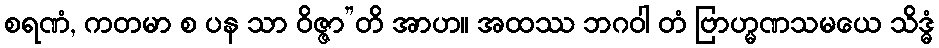
စရဏံ, ကတမာ စ ပန သာ ဝိဇ္ဇာ”တိ အာဟ။ အထဿ ဘဂဝါ တံ ဗြာဟ္မဏသမယေ သိဒ္ဓံ